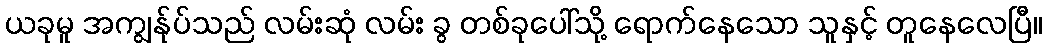
ယခုမူ အကျွန်ုပ်သည် လမ်းဆုံ လမ်း ခွ တစ်ခုပေါ်သို့ ရောက်နေသော သူနှင့် တူနေလေပြီ။